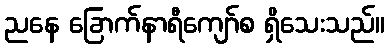
ညနေ ခြောက်နာရီကျော်စ ရှိသေးသည်။